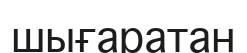
шығаратан